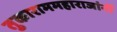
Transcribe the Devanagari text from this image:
तुकाराममहाराजांनीं